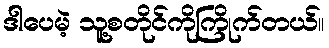
ဒါပေမဲ့ သူ့စတိုင်ကိုကြိုက်တယ်။